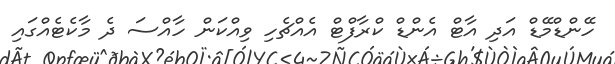
ހޭންޑްމޭޑް އަދި އާޓް އެންޑް ކްރާފްޓް އެއްޗެހި ވިއްކަން ހާއްސަ ދެ މާކެޓެއްގައި